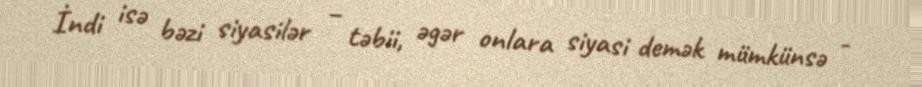
İndi isə bəzi siyasilər – təbii, əgər onlara siyasi demək mümkünsə -